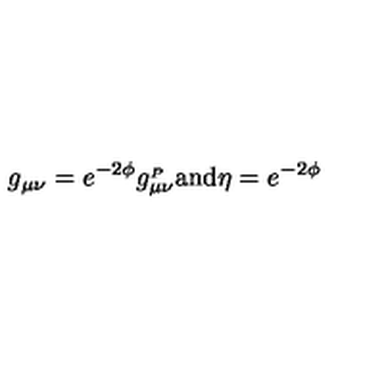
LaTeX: g _ { \mu \nu } = e ^ { - 2 \phi } g _ { \mu \nu } ^ { _ P } \mathrm { a n d } \eta = e ^ { - 2 \phi }